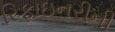
રિફાઇનરીની